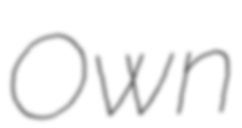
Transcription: Own